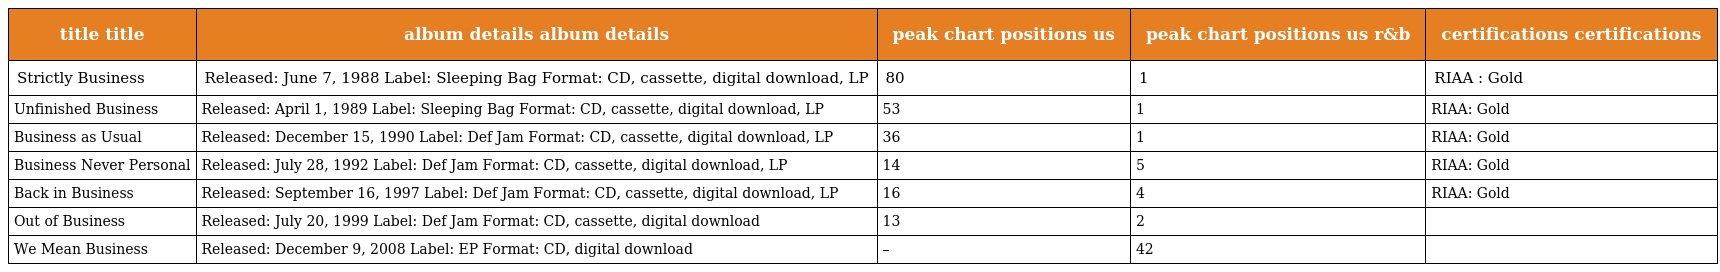
| title title | album details album details | peak chart positions us | peak chart positions us r&b | certifications certifications |
 | --- | --- | --- | --- | --- |
 | Strictly Business | Released: June 7, 1988 Label: Sleeping Bag Format: CD, cassette, digital download, LP | 80 | 1 | RIAA : Gold |
 | Unfinished Business | Released: April 1, 1989 Label: Sleeping Bag Format: CD, cassette, digital download, LP | 53 | 1 | RIAA: Gold |
 | Business as Usual | Released: December 15, 1990 Label: Def Jam Format: CD, cassette, digital download, LP | 36 | 1 | RIAA: Gold |
 | Business Never Personal | Released: July 28, 1992 Label: Def Jam Format: CD, cassette, digital download, LP | 14 | 5 | RIAA: Gold |
 | Back in Business | Released: September 16, 1997 Label: Def Jam Format: CD, cassette, digital download, LP | 16 | 4 | RIAA: Gold |
 | Out of Business | Released: July 20, 1999 Label: Def Jam Format: CD, cassette, digital download | 13 | 2 |  |
 | We Mean Business | Released: December 9, 2008 Label: EP Format: CD, digital download | – | 42 |  |